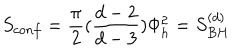
S _ { c o n f } = { \frac { \pi } { 2 } } ( { \frac { d - 2 } { d - 3 } } ) \Phi _ { h } ^ { 2 } = S _ { B H } ^ { ( d ) }